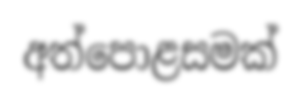
අත්පොළසමක්